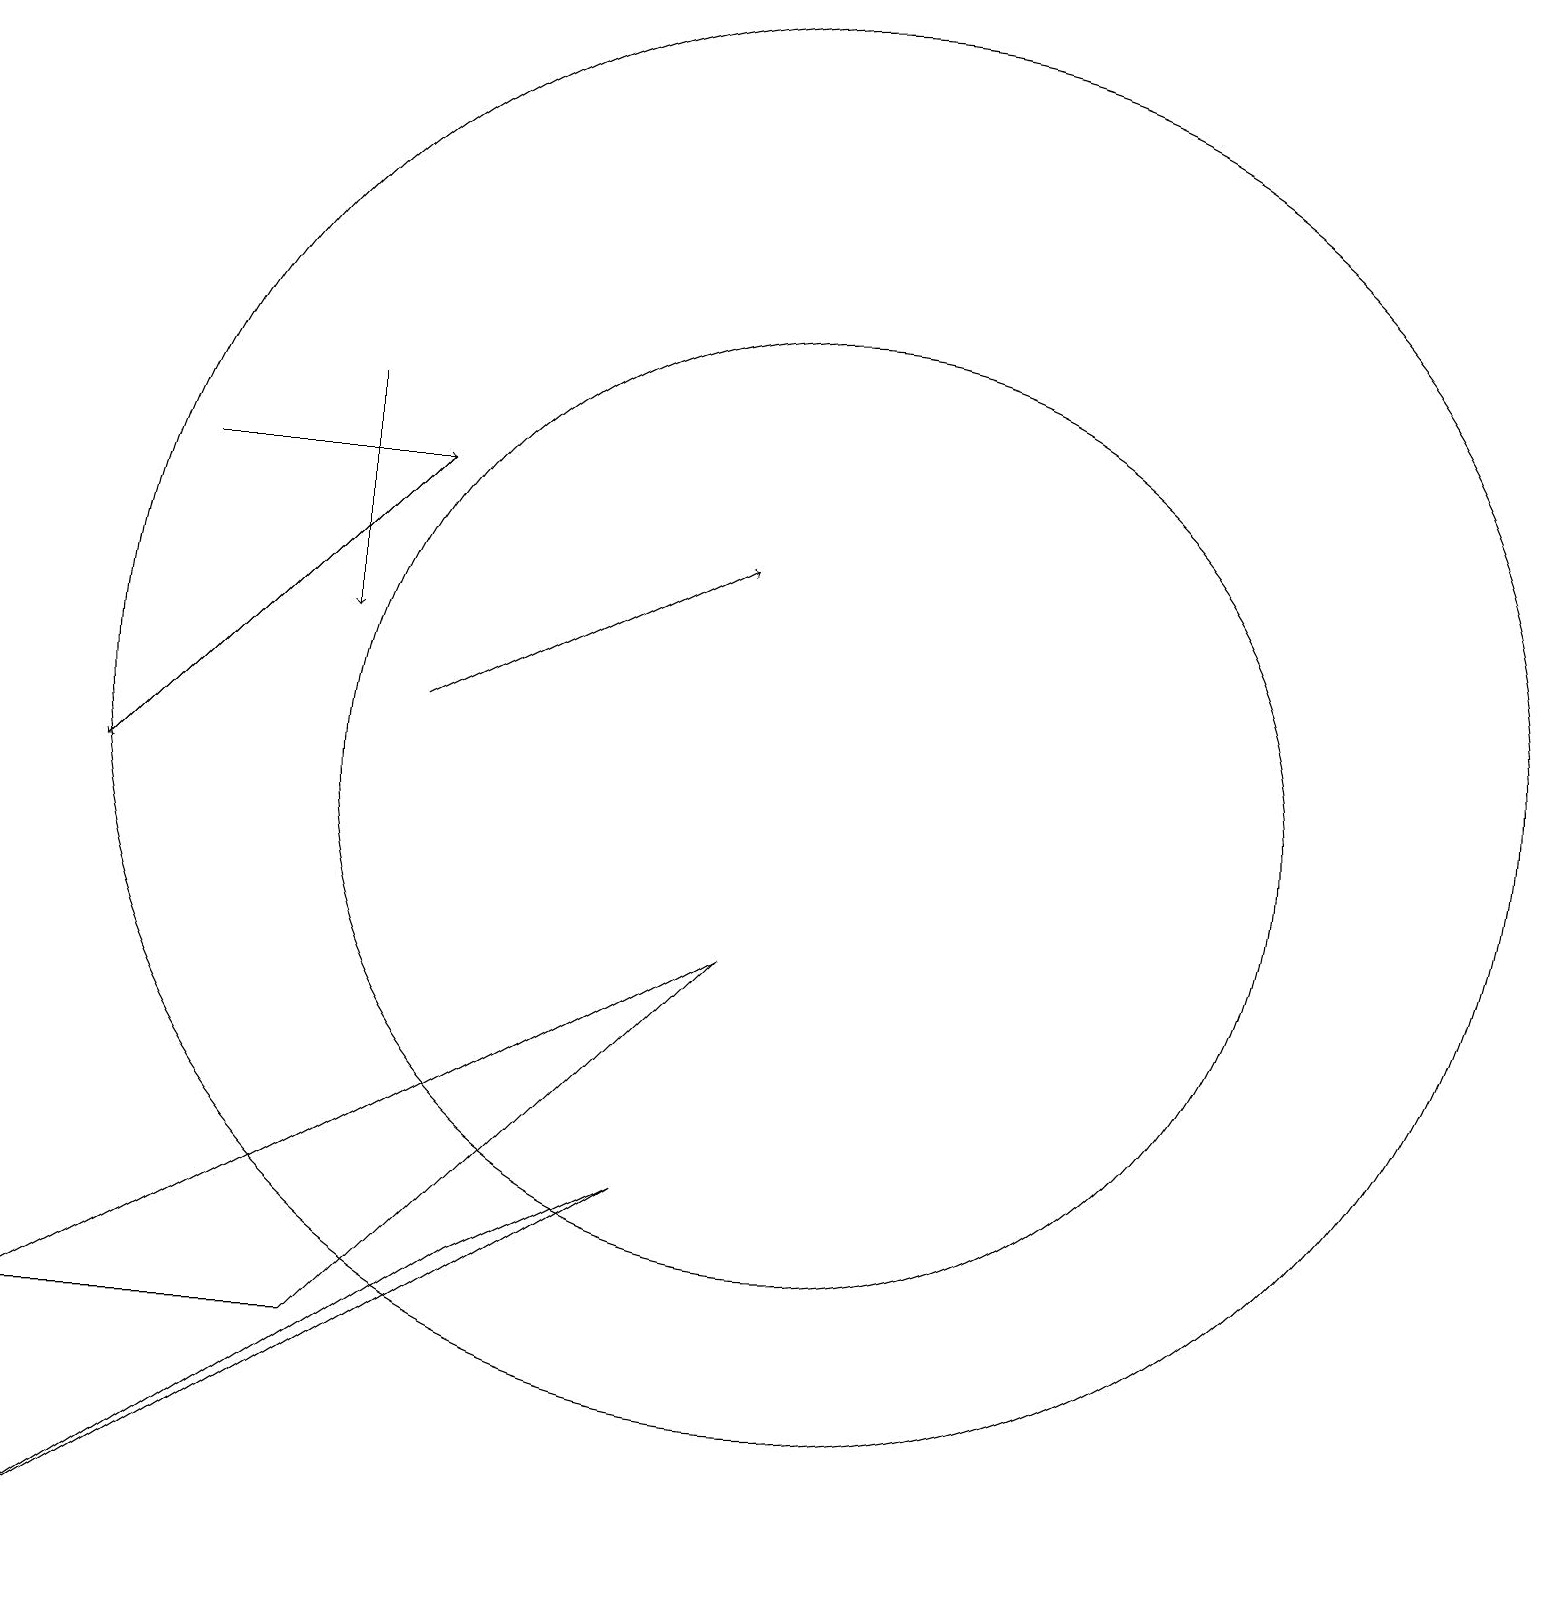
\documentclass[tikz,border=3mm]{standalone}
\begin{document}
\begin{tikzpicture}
\draw (8,5) -- (6,4) -- (0,0) -- cycle;
\draw[->] (4,15) -- (4,12);
\draw (10,11) circle (9);
\draw[->] (2,14) -- (5,14);
\draw[->] (5,11) -- (9,13);
\draw (10,10) circle (6);
\draw[->] (5,14) -- (1,10);
\draw (4,3) -- (9,8) -- (0,3) -- cycle;
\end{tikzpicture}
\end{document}